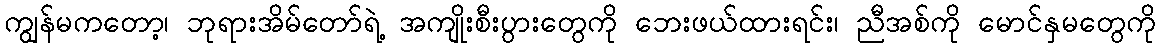
ကျွန်မကတော့၊ ဘုရားအိမ်တော်ရဲ့ အကျိုးစီးပွားတွေကို ဘေးဖယ်ထားရင်း၊ ညီအစ်ကို မောင်နှမတွေကို